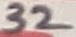
Text: 32